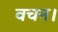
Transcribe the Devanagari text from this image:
वचन।